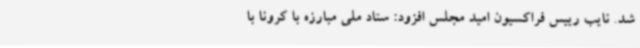
شد. نایب رییس فراکسیون امید مجلس افزود: ستاد ملی مبارزه با کرونا با